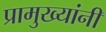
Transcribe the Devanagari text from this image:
प्रामुख्यांनी